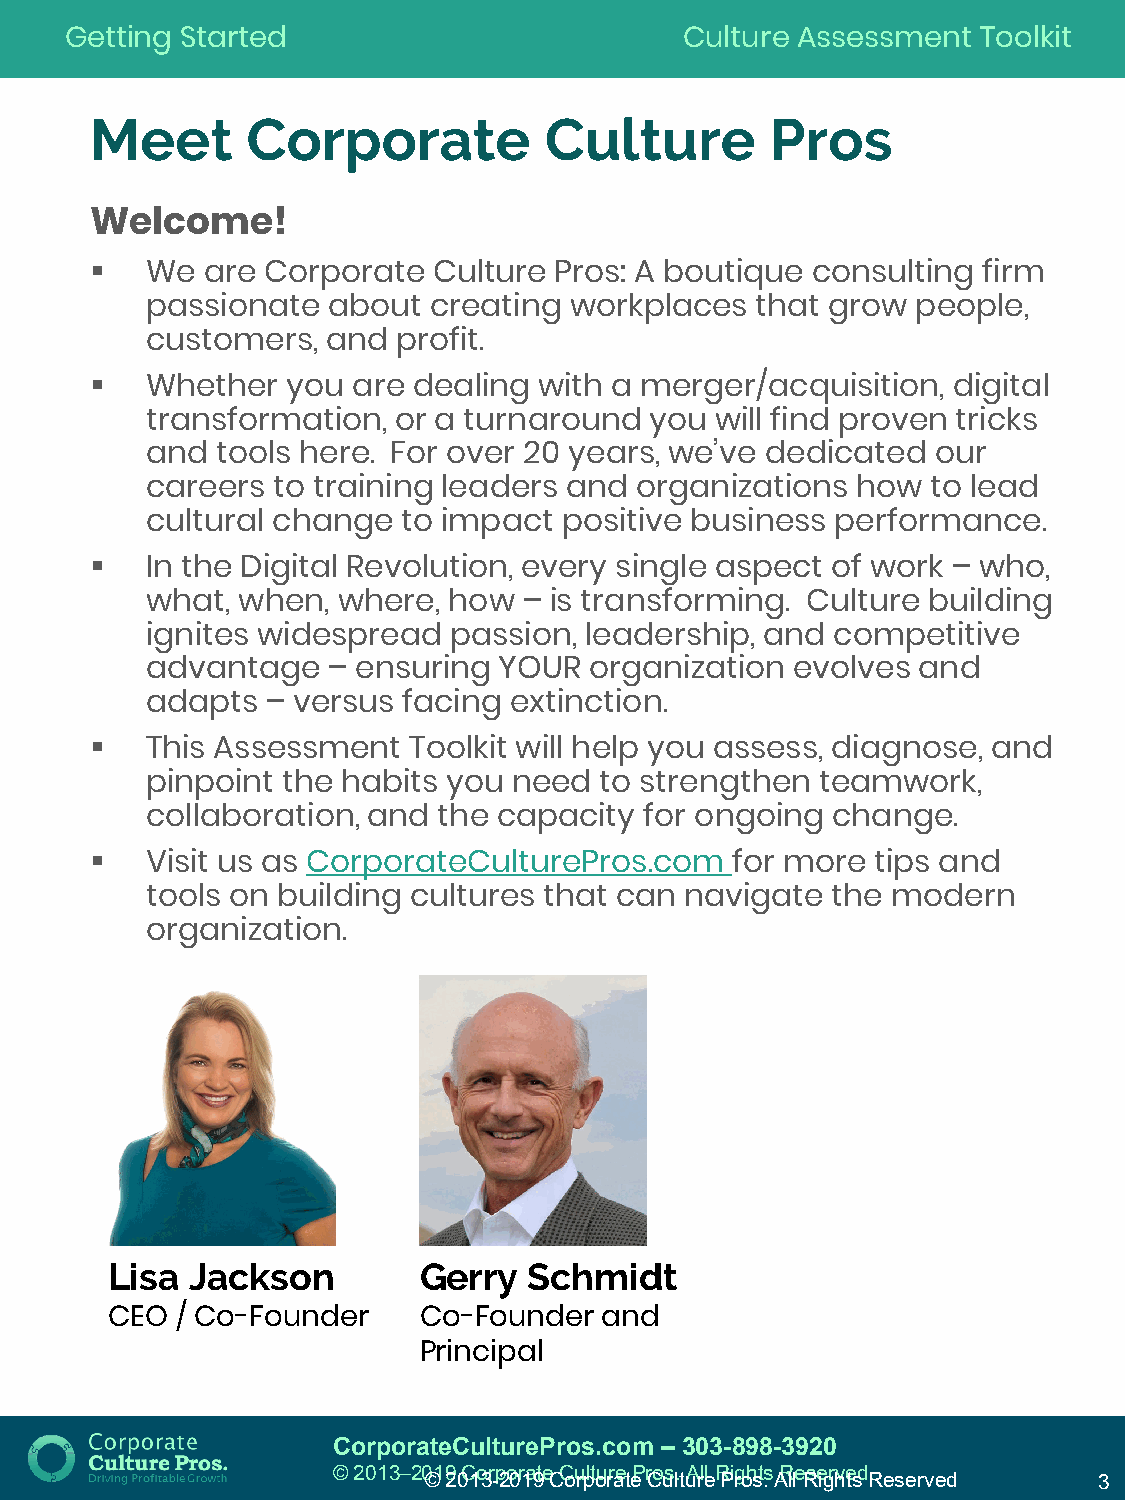
Getting Started                          Culture Assessment  Toolkit
 Meet      Corporate           Culture        Pros
 Welcome!
 
 We are Corporate   Culture Pros: A boutique consulting firm
 passionate  about creating  workplaces  that grow  people,
 customers,  and profit.
 
 Whether  you are dealing  with a merger/acquisition, digital
 transformation, or a turnaround  you will find proven tricks
 and tools here. For over 20 years, we’ve dedicated  our
 careers to training leaders and organizations  how  to lead
 cultural change  to impact positive business performance.
 
 In the Digital Revolution, every single aspect of work – who,
 what, when, where,  how  – is transforming. Culture building
 ignites widespread  passion, leadership, and competitive
 advantage   – ensuring YOUR  organization evolves  and
 adapts  – versus facing extinction.
 
 This Assessment  Toolkit will help you assess, diagnose, and
 pinpoint the habits you need  to strengthen teamwork,
 collaboration, and the capacity  for ongoing change.
 
 Visit us as CorporateCulturePros.com  for more  tips and
 tools on building cultures that can navigate the modern
 organization.
 Lisa  Jackson        Gerry  Schmidt
 CEO  / Co-Founder    Co-Founder  and
 Principal
 CorporateCulturePros.com – 303-898-3920
 © 2013─2019 Corporate Culture Pros. All Rights Reserved.
 © 2013-2019 Corporate Culture Pros. All Rights Reserved 3